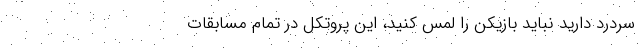
سردرد دارید نباید بازیکن را لمس کنید، این پروتکل در تمام مسابقات